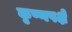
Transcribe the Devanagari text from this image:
कृष्णपक्षे